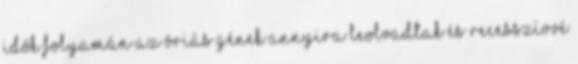
idők folyamán az óriás gének annyira leolvadtak és recesszívvé